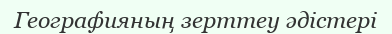
Географияның зерттеу әдістері